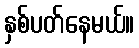
နှစ်ပတ်နေမယ်။